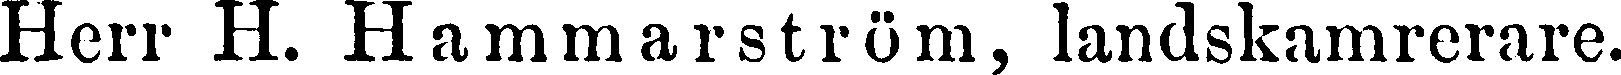
Herr H. Hammarström, landskamrerare.